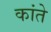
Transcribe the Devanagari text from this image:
कांते